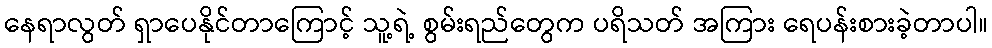
နေရာလွတ် ရှာပေနိုင်တာကြောင့် သူ့ရဲ့ စွမ်းရည်တွေက ပရိသတ် အကြား ရေပန်းစားခဲ့တာပါ။